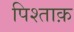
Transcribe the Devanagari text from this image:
पिश्ताक़